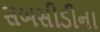
સબસીડીના